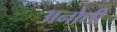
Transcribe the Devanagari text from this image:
अनोधी